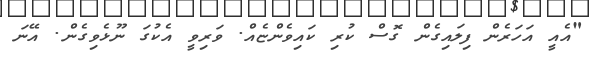
"އެއީ އަހަރެން ފިލައިގެން ގޮސް ކުރި ކައިވެންޏެއް. ވަރިވީ އެކުގަ ނޫޅެވިގެން. އޭނަ